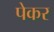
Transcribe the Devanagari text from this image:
पेकर